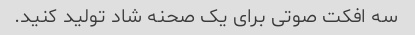
سه افکت صوتی برای یک صحنه شاد تولید کنید.